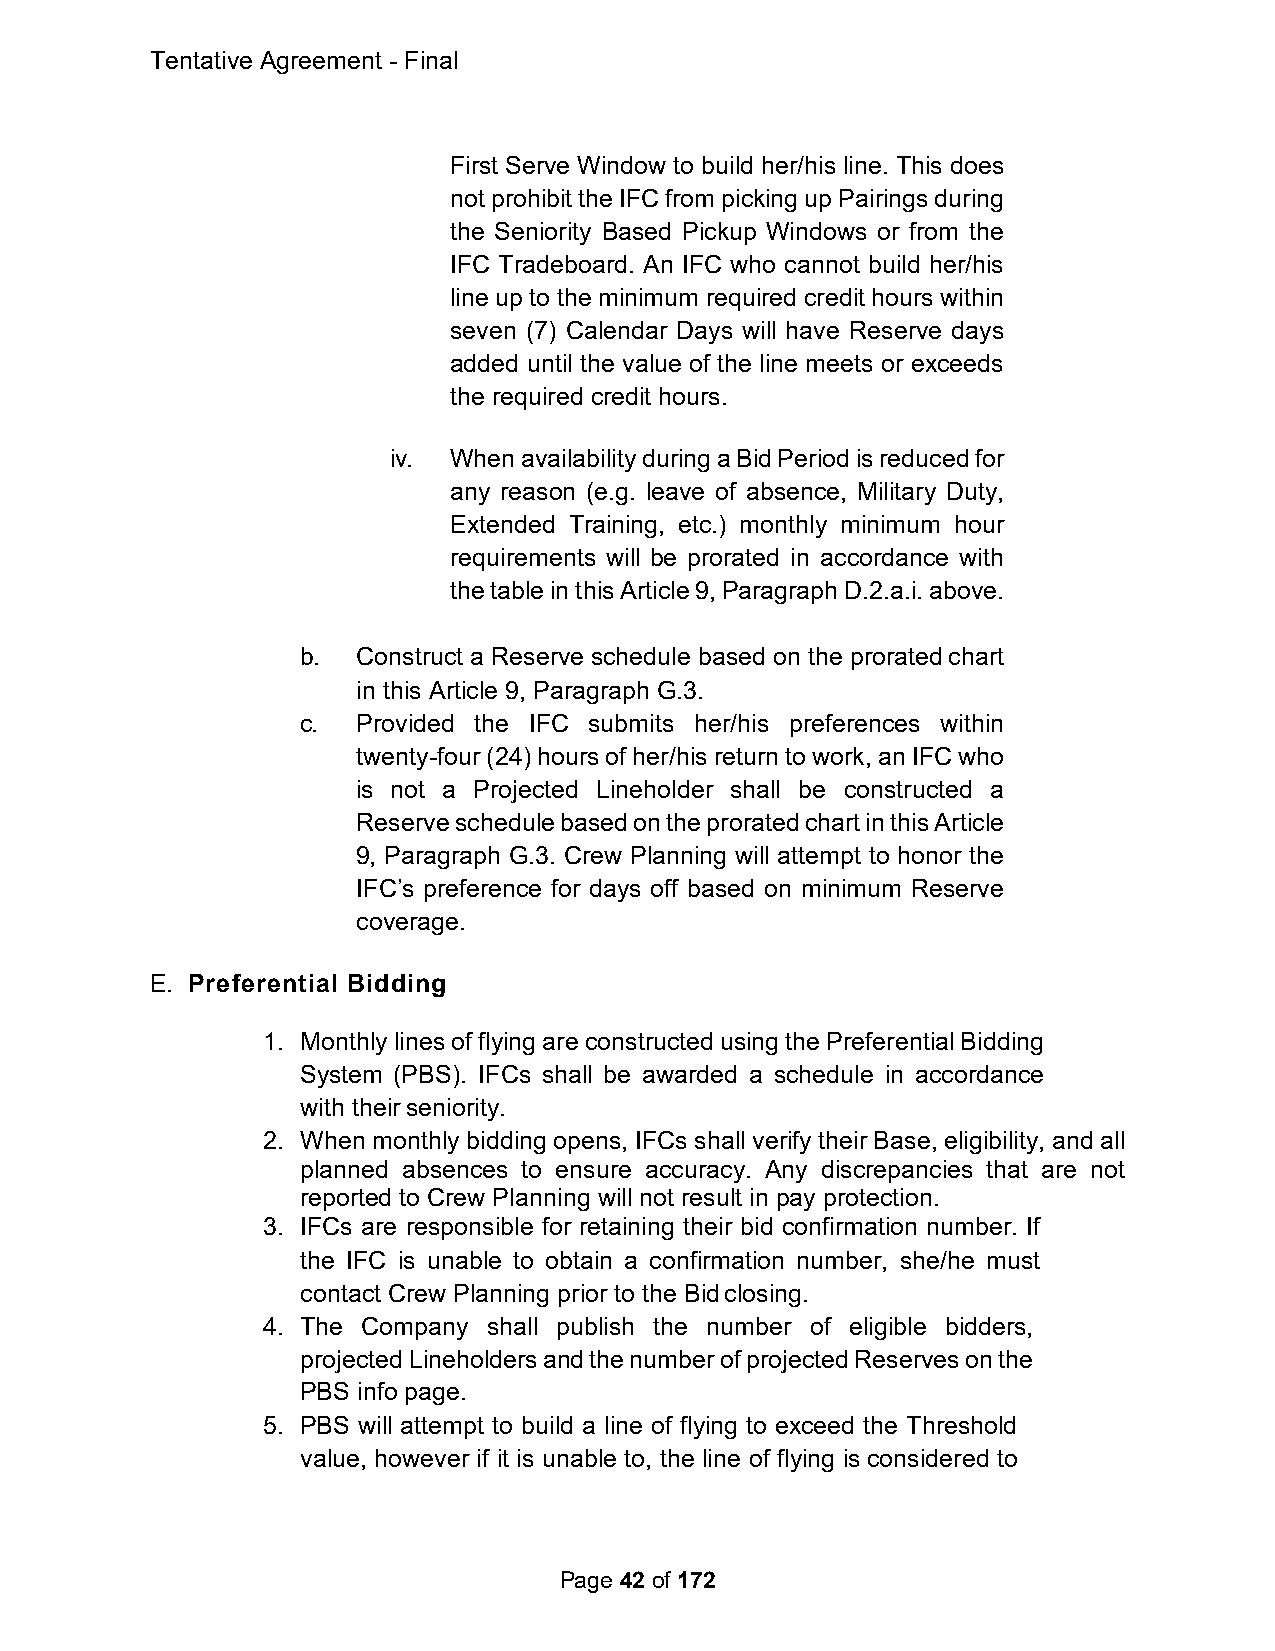
Tentative Agreement - Final
 First Serve Window to build her/his line. This does
 not prohibit the IFC from picking up Pairings during
 the Seniority Based Pickup Windows or from the
 IFC Tradeboard. An IFC who cannot build her/his
 line up to the minimum required credit hours within
 seven (7) Calendar Days will have Reserve days
 added until the value of the line meets or exceeds
 the required credit hours.
 iv. When availability during a Bid Period is reduced for
 any reason (e.g. leave of absence, Military Duty,
 Extended Training, etc.) monthly minimum hour
 requirements will be prorated in accordance with
 the table in this Article 9, Paragraph D.2.a.i. above.
 b.  Construct a Reserve schedule based on the prorated chart
 in this Article 9, Paragraph G.3.
 c.  Provided the IFC submits her/his preferences within
 twenty-four (24) hours of her/his return to work, an IFC who
 is not a Projected Lineholder shall be constructed a
 Reserve schedule based on the prorated chart in this Article
 9, Paragraph G.3. Crew Planning will attempt to honor the
 IFC’s preference for days off based on minimum Reserve
 coverage.
 E. Preferential Bidding
 1. Monthly lines of flying are constructed using the Preferential Bidding
 System (PBS). IFCs shall be awarded a schedule in accordance
 with their seniority.
 2. When monthly bidding opens, IFCs shall verify their Base, eligibility, and all
 planned absences to ensure accuracy. Any discrepancies that are not
 reported to Crew Planning will not result in pay protection.
 3. IFCs are responsible for retaining their bid confirmation number. If
 the IFC is unable to obtain a confirmation number, she/he must
 contact Crew Planning prior to the Bid closing.
 4. The Company shall publish the number of eligible bidders,
 projected Lineholders and the number of projected Reserves on the
 PBS info page.
 5. PBS will attempt to build a line of flying to exceed the Threshold
 value, however if it is unable to, the line of flying is considered to
 Page 42 of 172